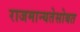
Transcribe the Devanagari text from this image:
राजमान्यतेसोबत